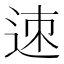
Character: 𨒪